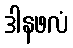
ဒါနဖလံ